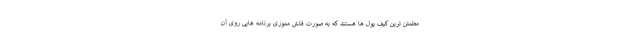
مطمئن ترین کیف پول ها هستند که به صورت فلش مموری برنامه هایی روی آن